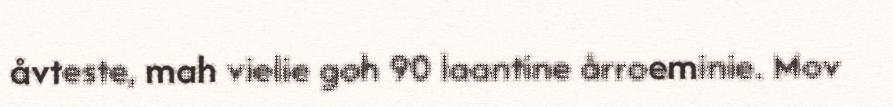
åvteste, mah vielie goh 90 laantine årroeminie. Mov